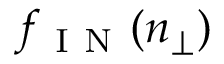
f _ { \mathrm { ~ I ~ N ~ } } ( n _ { \perp } )